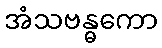
အံသဗန္ဓကော